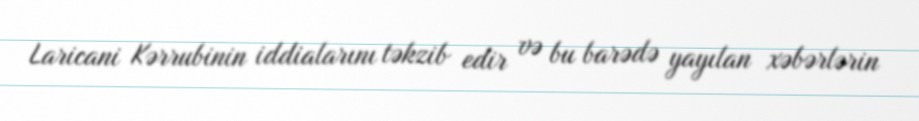
Laricani Kərrubinin iddialarını təkzib edir və bu barədə yayılan xəbərlərin